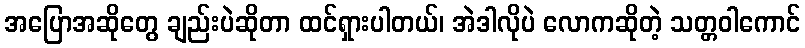
အပြောအဆိုတွေ ချည်းပဲဆိုတာ ထင်ရှားပါတယ်၊ အဲဒါလိုပဲ လောကဆိုတဲ့ သတ္တဝါကောင်